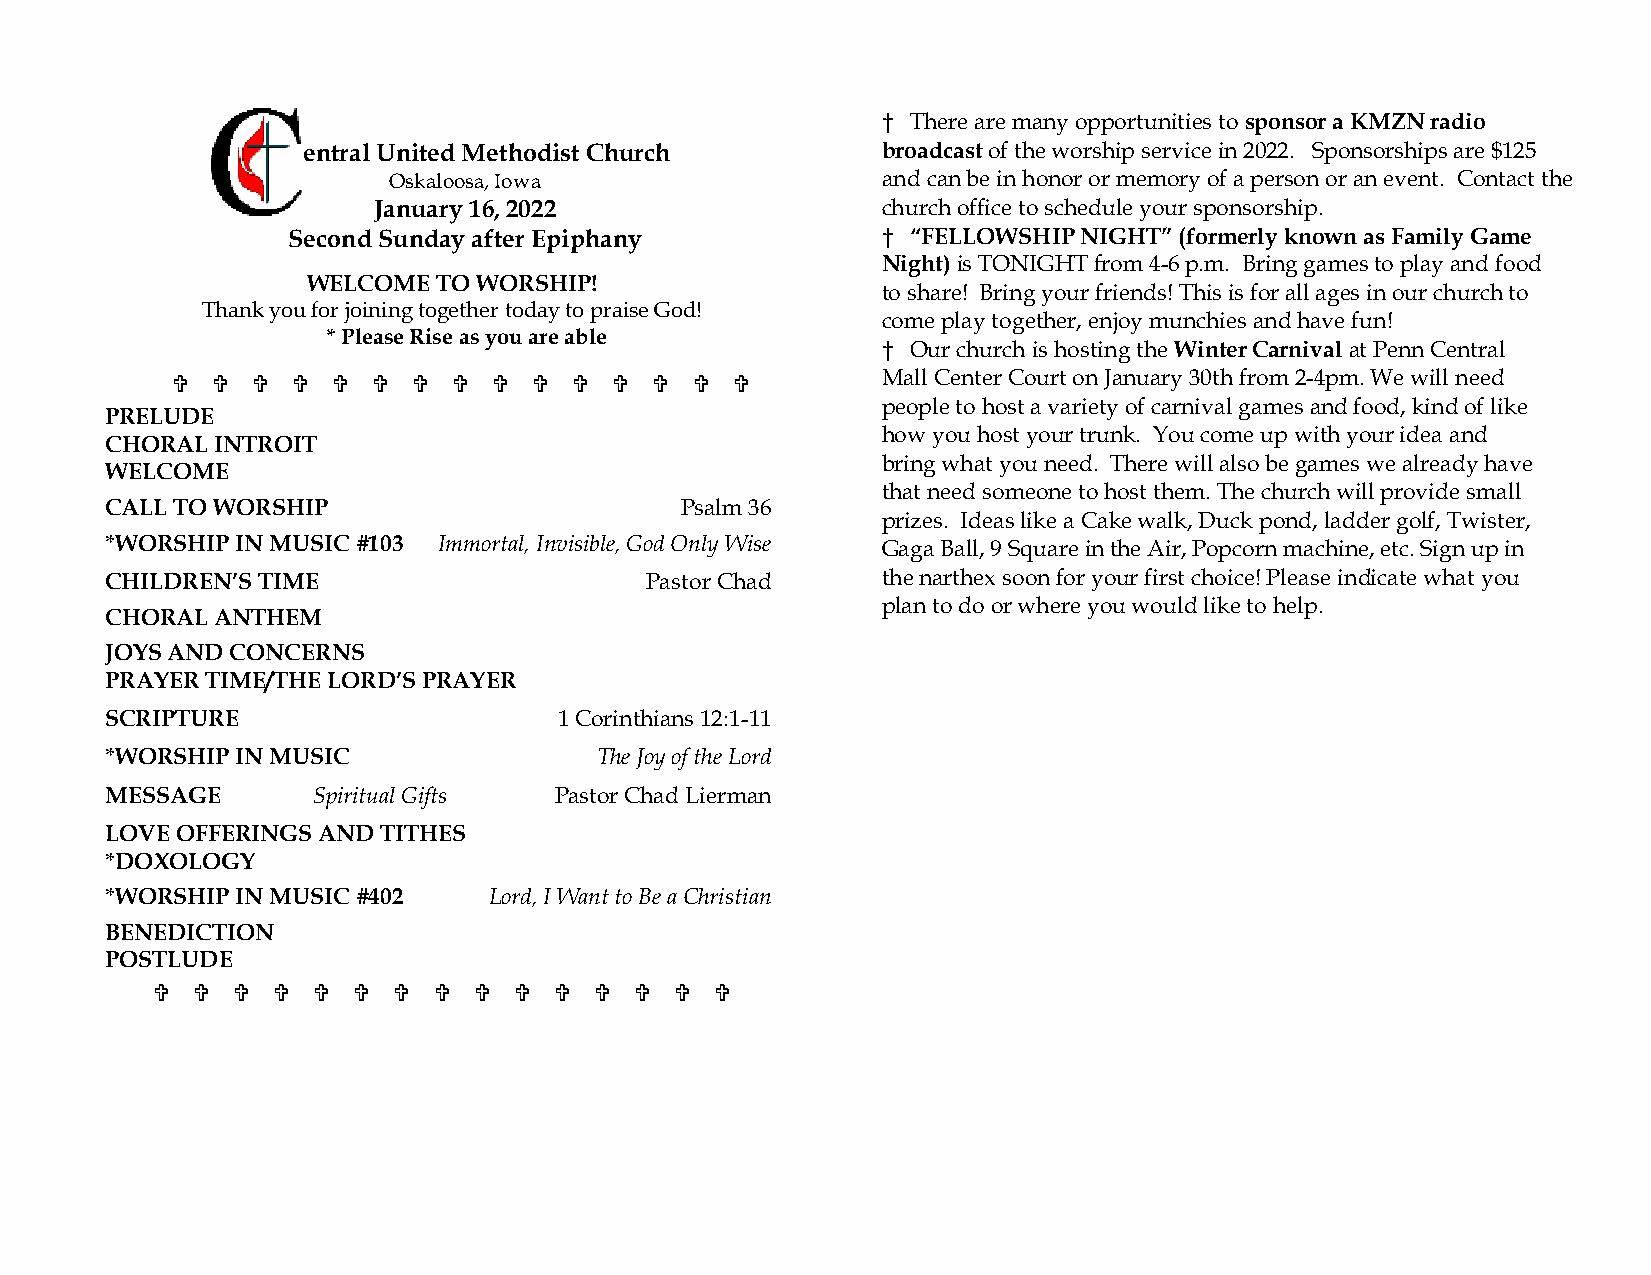
† There are many opportunitie s to sponsor a KMZN radio
 entral United Methodist Church        broadcast of the worship service in 2022. Sponsorships are $125
 Oskaloosa, Iowa                 and can be in honor or memory of a person or an event. Contact the
 January 16, 2022                 church office to schedule your sponsorship.
 Second Sunday after Epiphany           † “FELLOWSHIP NIGHT” (formerly known as Family Game
 Night) is TONIGHT from 4-6 p.m. Bring games to play and food
 WELCOME  TO WORSHIP!
 to share! Bring your friends! This is for all ages in our church to
 Thank you for joining together today to praise God!
 come play together, enjoy munchies and have fun!
 * Please Rise as you are able
 † Our church is hosting the Winter Carnival at Penn Central
                  Mall Center Court on January 30th from 2-4pm. We will need
 people to host a variety of carnival games and food, kind of like
 PRELUDE
 how you host your trunk. You come up with your idea and
 CHORAL INTROIT
 bring what you need. There will also be games we already have
 WELCOME
 that need someone to host them. The church will provide small
 CALL TO WORSHIP                       Psalm 36
 prizes. Ideas like a Cake walk, Duck pond, ladder golf, Twister,
 *WORSHIP IN MUSIC #103 Immortal, Invisible, God Only Wise Gaga Ball, 9 Square in the Air, Popcorn machine, etc. Sign up in
 CHILDREN’S TIME                     Pastor Chad    the narthex soon for your first choice! Please indicate what you
 plan to do or where you would like to help.
 CHORAL ANTHEM
 JOYS AND CONCERNS
 PRAYER TIME/THE LORD’S PRAYER
 SCRIPTURE                     1 Corinthians 12:1-11
 *WORSHIP IN MUSIC               The Joy of the Lord
 MESSAGE       Spiritual Gifts Pastor Chad Lierman
 LOVE OFFERINGS AND TITHES
 *DOXOLOGY
 *WORSHIP IN MUSIC #402   Lord, I Want to Be a Christian
 BENEDICTION
 POSTLUDE
 